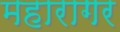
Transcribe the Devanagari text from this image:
महारागर